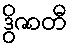
ဒွိဇာတီ